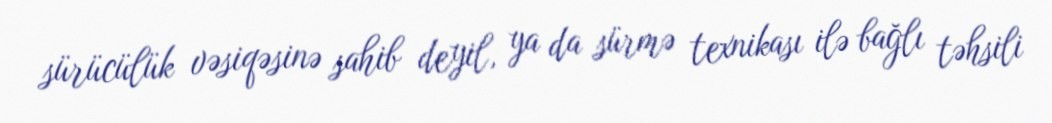
sürücülük vəsiqəsinə sahib deyil, ya da sürmə texnikası ilə bağlı təhsili